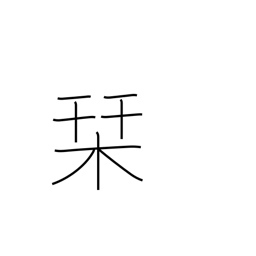
Meaning: guidebook